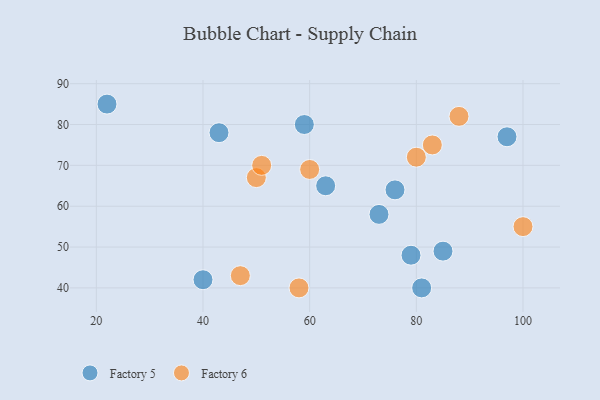
{"axis": {"x": "GDP", "y": "Life Expectancy"}, "legend": ["Factory 5", "Factory 6"], "data": [{"x": "85", "y": 49, "type": "Factory 5"}, {"x": "79", "y": 48, "type": "Factory 5"}, {"x": "97", "y": 77, "type": "Factory 5"}, {"x": "40", "y": 42, "type": "Factory 5"}, {"x": "63", "y": 65, "type": "Factory 5"}, {"x": "43", "y": 78, "type": "Factory 5"}, {"x": "59", "y": 80, "type": "Factory 5"}, {"x": "81", "y": 40, "type": "Factory 5"}, {"x": "76", "y": 64, "type": "Factory 5"}, {"x": "73", "y": 58, "type": "Factory 5"}, {"x": "22", "y": 85, "type": "Factory 5"}, {"x": "80", "y": 72, "type": "Factory 6"}, {"x": "47", "y": 43, "type": "Factory 6"}, {"x": "50", "y": 67, "type": "Factory 6"}, {"x": "60", "y": 69, "type": "Factory 6"}, {"x": "83", "y": 75, "type": "Factory 6"}, {"x": "88", "y": 82, "type": "Factory 6"}, {"x": "51", "y": 70, "type": "Factory 6"}, {"x": "100", "y": 55, "type": "Factory 6"}, {"x": "58", "y": 40, "type": "Factory 6"}]}